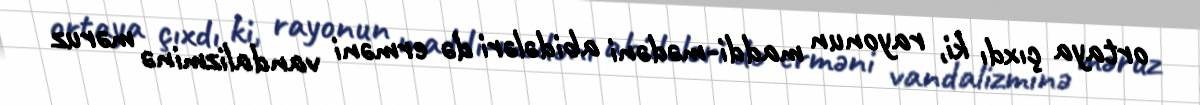
ortaya çıxdı ki, rayonun maddi-mədəni abidələri də erməni vandalizminə məruz